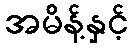
အမိန့်နှင့်